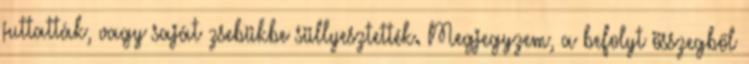
juttatták, vagy saját zsebükbe süllyesztették. Megjegyzem, a befolyt összegből